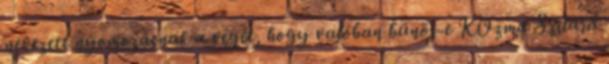
nevezett nyomozásnak a végét, hogy valóban bűnös-e KOzma Szilárd